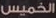
الخميس